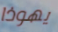
يهوذا